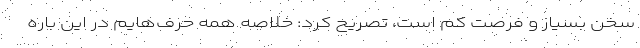
سخن بسیار و فرصت کم است، تصریح کرد: خلاصه همه حرف‌هایم در این باره